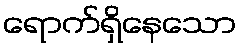
ရောက်ရှိနေသော